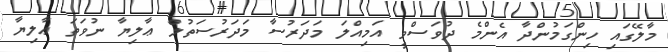
މާލޭގައި ހިންގަމުންދާ އެންމެ ދުވަސްވީ އަމިއްލަ މަދަރުސާ މަދަރުސަތުލް ޢާލިޔާ ނުވަތަ ޢާލިޔާ